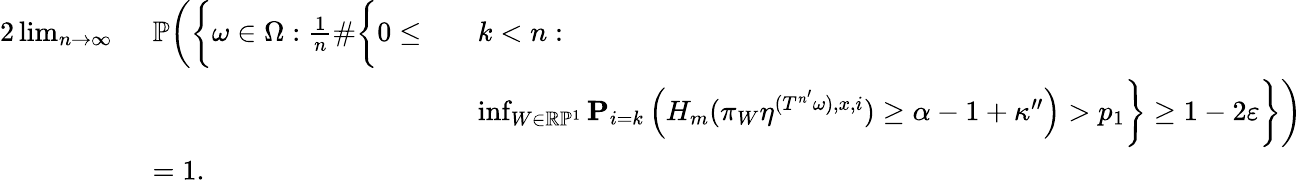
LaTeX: \begin{array}{rlrl}{{2}\operatorname*{lim}_{n\to\infty}\ }&{\mathbb P\bigg(\bigg\{ \omega\in\Omega:\frac{1}{n}\# \bigg\{ 0\leq}&&{k<n:}\\ &{}&&{\operatorname*{inf}_{W\in\mathbb R\mathbb P^{1}}\mathbf P_{i=k}\left(H_{m}(\pi_{W}\eta^{(T^{n^{\prime}}\omega),x,i})\geq\alpha-1+\kappa^{\prime\prime}\right)>p_{1}\bigg\} \geq 1-2\varepsilon\bigg\} \bigg)}\\ &{=1.}&&{}\end{array}